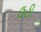
ઉટી